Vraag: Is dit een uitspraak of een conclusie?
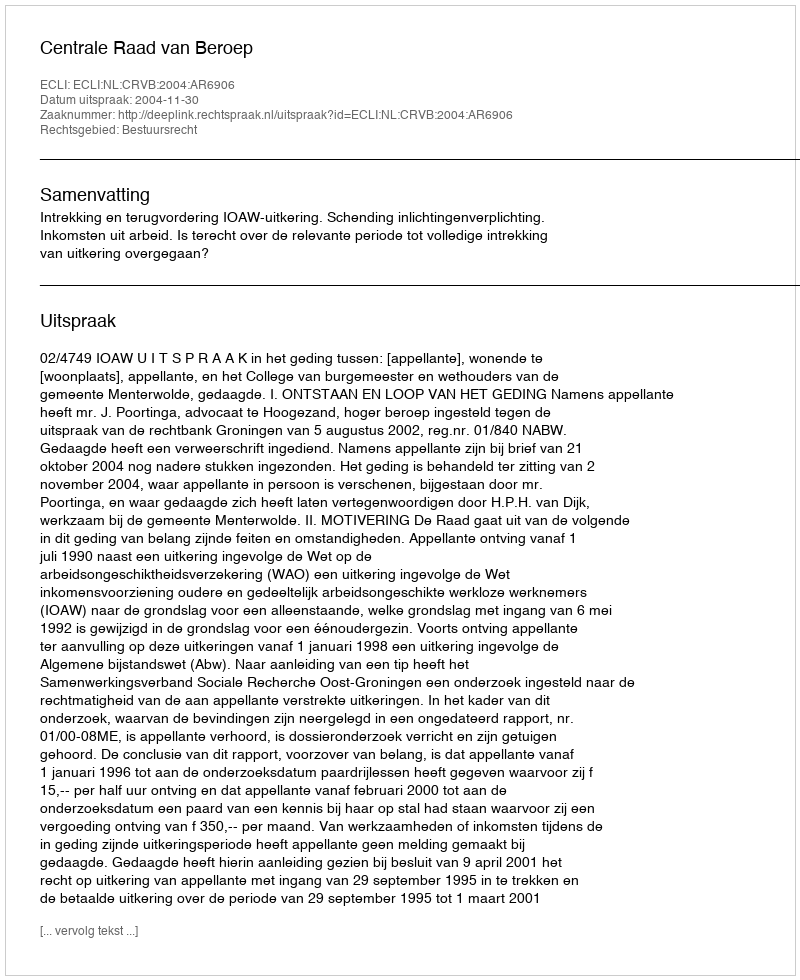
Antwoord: Uitspraak